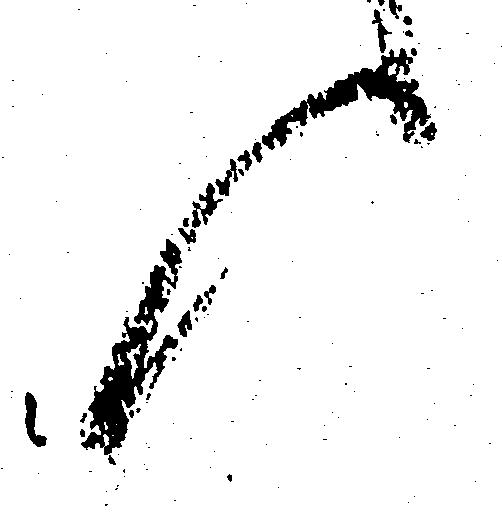
候